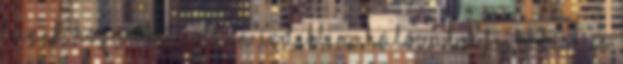
tűnik, hogy őket jobban érdekli a hálózatok fejlődése és